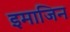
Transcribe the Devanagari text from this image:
इमाजिन